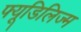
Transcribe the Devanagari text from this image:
फ्यूडिलिज्म